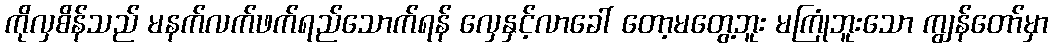
ကိုလှစိန်သည် မနက်လက်ဖက်ရည်သောက်ရန် လှေနှင့်လာခေါ် တော့မတွေ့ဘူး မကြုံဘူးသော ကျွန်တော်မှာ